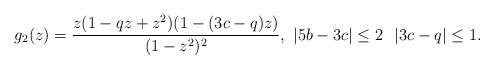
LaTeX: \begin{align*}g_2(z)= \frac{z(1-qz+z^2)(1-(3c-q)z)}{(1-z^2)^2}, \,\, |5b-3c| \le 2\,\,\,\, |3c-q| \le 1.\end{align*}